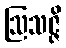
ဩသဇ္ဇိ